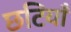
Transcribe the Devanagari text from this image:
छटियाँ